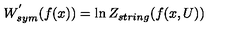
W _ { s y m } ^ { ' } ( f ( x ) ) = \ln Z _ { s t r i n g } ( f ( x , U ) )